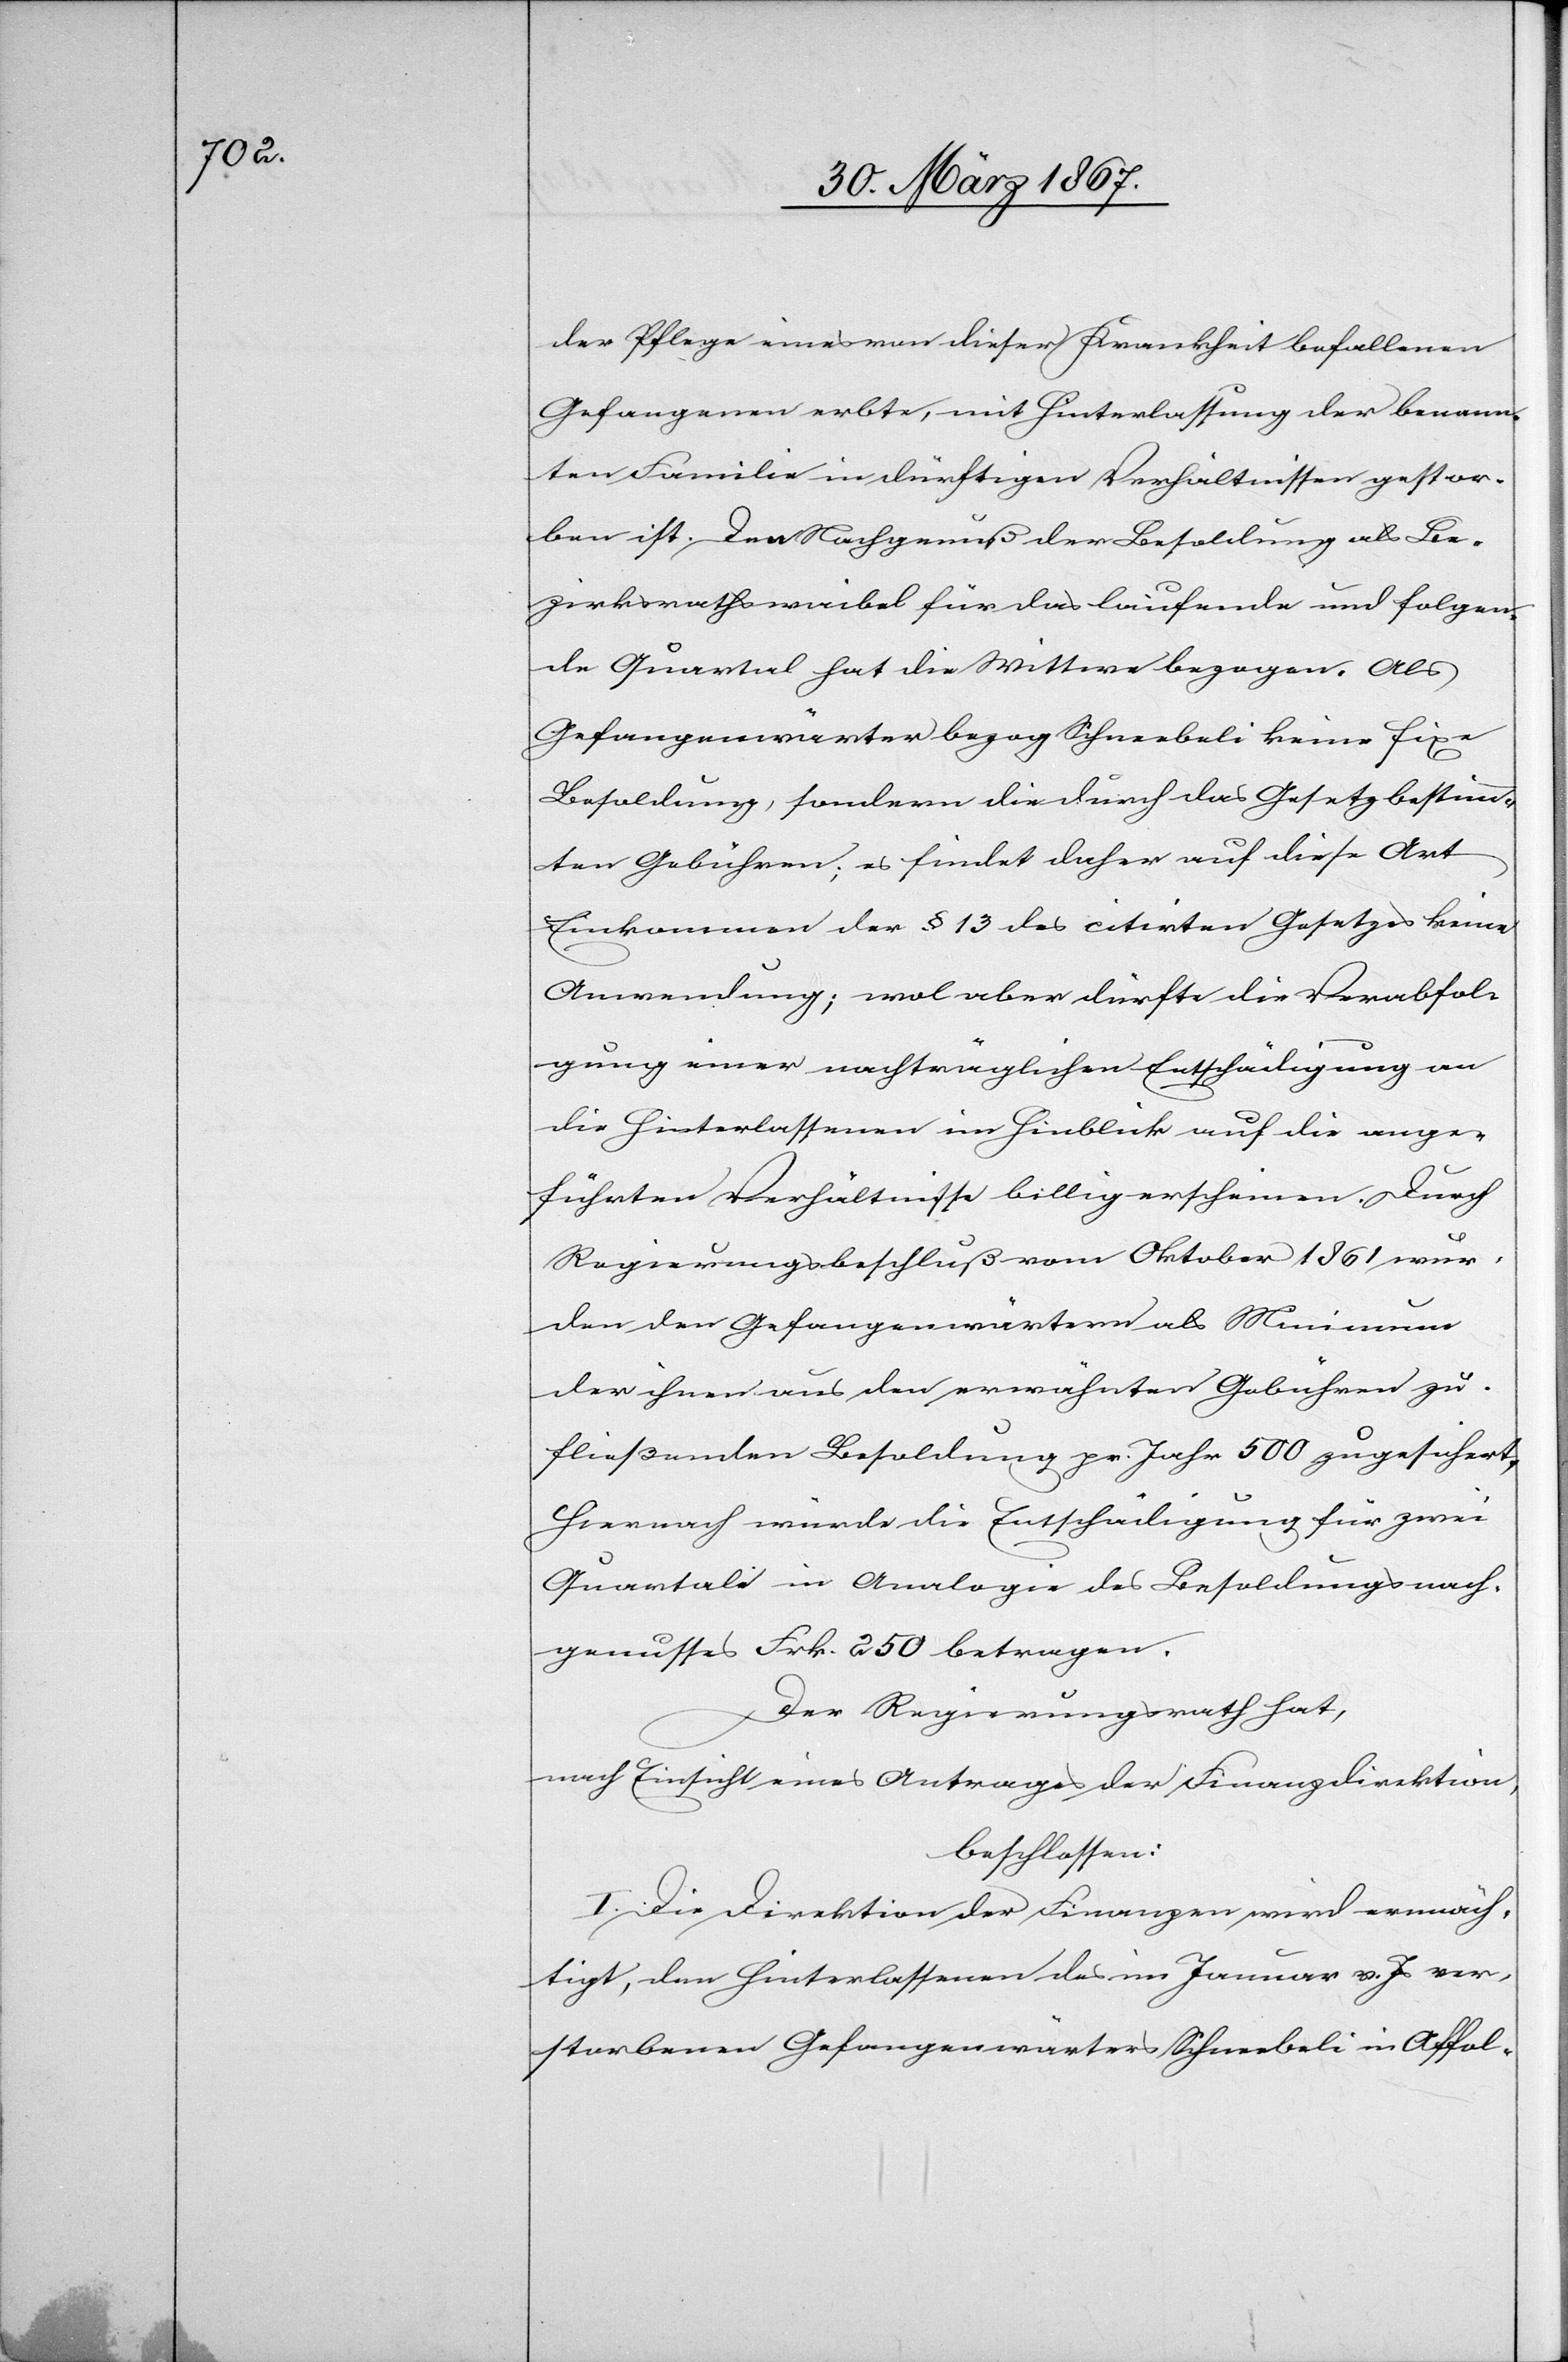
der Pflege eines von dieser Krankheit befallenen
Gefangenen erbte, mit Hinterlassung der benann¬
ten Familie in dürftigen Verhältnissen gestor¬
ben ist. Den Nachgenuß der Besoldung als Be¬
zirksrathswaibel für das laufende und folgen¬
de Quartal hat die Wittwe bezogen. Als
Gefangenwärter bezog Schneebeli keine fixe
Besoldung, sondern die durch das Gesetz bestimm¬
ten Gebühren; es findet daher auf diese Art
Einkommen der § 13 des citirten Gesetzes keine
Anwendung; wol aber dürfte die Verabfol¬
gung einer nachträglichen Entschädigung an
die Hinterlassenen im Hinblick auf die ange¬
führten Verhältnisse billig erscheinen. Durch
Regierungsbeschluß vom Oktober 1861 wur¬
den den Gefangenwärtern als Minimum
der ihnen aus den erwähnten Gebühren zu¬
fließenden Besoldungen pr. Jahr 500 zugesichert.
Hiernach würde die Entschädigung für zwei
Quartale in Analogie des Besoldungsnach¬
genusses Frk. 250 betragen.
Der Regierungsrath hat,
nach Einsicht eines Antrages der Finanzdirektion,
beschlossen:
I. Die Direktion der Finanzen wird ermäch¬
tigt, den Hinterlassenen des im Januar v. Js ver¬
storbenen Gefangenwärters Schneebeli in Affol-